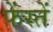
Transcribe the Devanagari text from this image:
फेंस्तें